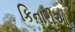
કિનારીઓ